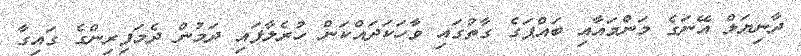
ދާނިޔަލް އޭނަގެ މަންމައާއި ބައްޕަގެ ގާތުގައި ވާހަކަދައްކަން ހުރެލާފައި ދަމުން ދެމަފިރިންގެ ގައިގާ